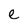
Character: e